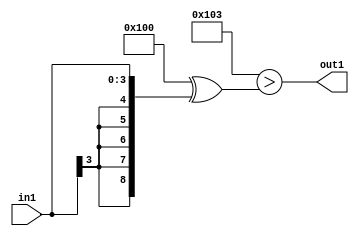
`timescale 1ps / 1ps
/*****************************************************************************
    Verilog RTL Description
    
    
    Created by: Stratus DpOpt 2019.1.01 
*******************************************************************************/

module SobelFilter_Lti3s4_4 (
	in1,
	out1
	); /* architecture "behavioural" */ 
input [3:0] in1;
output  out1;
wire  asc001;

assign asc001 = ((9'B100000000 ^ 9'B000000011)>(9'B100000000 ^ {{5{in1[3]}}, in1}));

assign out1 = asc001;
endmodule

/* CADENCE  ubPzSwE= : u9/ySgnWtBlWxVPRXgAZ4Og= ** DO NOT EDIT THIS LINE ******/